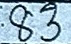
83